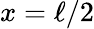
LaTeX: x=\ell/2